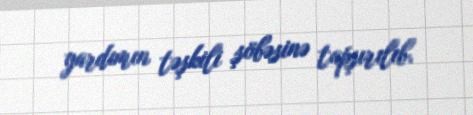
yardımın təşkili şöbəsinə tapşırılıb.